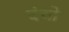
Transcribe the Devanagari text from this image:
दंचो